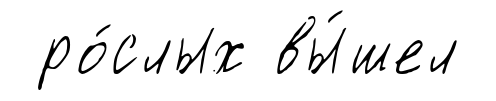
ро́слых вы́шел